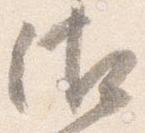
御